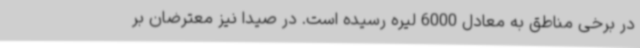
در برخی مناطق به معادل 6000 لیره رسیده است. در صیدا نیز معترضان بر